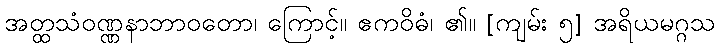
အတ္ထသံဝဏ္ဏနာဘာဝတော၊ ကြောင့်။ ဧကဝိဓံ၊ ၏။ [ကျမ်း ၅] အရိယမဂ္ဂသ